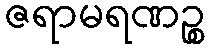
ဇရာမရဏဉ္စ